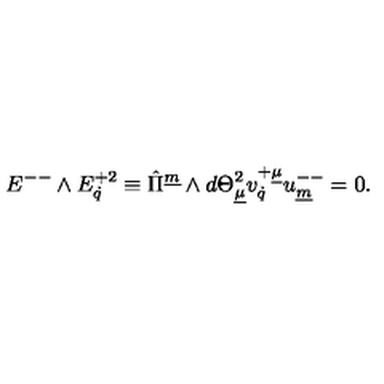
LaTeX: { E } ^ { -- } \wedge { E } _ { \dot { q } } ^ { + 2 } \equiv \hat { \Pi } ^ { \underline { { m } } } \wedge d { \Theta } _ { \underline { { \mu } } } ^ { 2 } v _ { \dot { q } } ^ { + \underline { { \mu } } } u _ { \underline { { m } } } ^ { -- } = 0 . \qquad